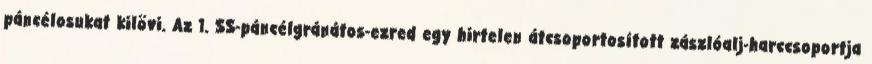
páncélosukat kilövi. Az 1. SS-páncélgránátos-ezred egy hirtelen átcsoportosított zászlóalj-harccsoportja